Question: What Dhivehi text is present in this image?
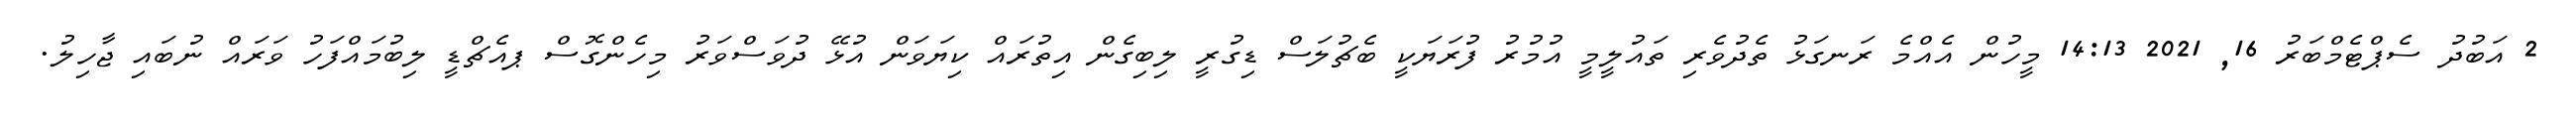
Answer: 2 އަބުދު ސެޕްޓެމްބަރު 16, 2021 14:13 މީހުން އެއްމެ ރަނގަޅު ތެދުވެރި ތައުލީމީ އުމުރު ފުރަޔަކީ ބެޗުލަސް ޑިގުރީ ލިބިގެން އިތުރައް ކިޔަވަން އުޅޭ ދުވަސްވަރު މިހެންގޮސް ޕއެޗްޑީ ލިބުމައްފަހު ވަރައް ނުބައި ޖާހިލު.